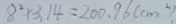
8 ^ { 2 } \times 3 . 1 4 = 2 0 0 . 9 6 ( c m ^ { 2 } ) .